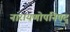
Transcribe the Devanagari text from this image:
नारायणोपनिषद्